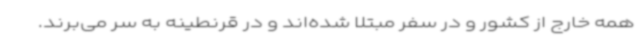
همه خارج از کشور و در سفر مبتلا شده‌اند و در قرنطینه به سر می‌برند.